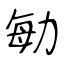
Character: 勄